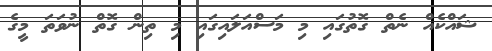
ޝައްކެއް ނެތް ގޮތުގައި މި މަސްއަލައިގައި މި ތިން ގޮތް ނުވަތަ މީގެ